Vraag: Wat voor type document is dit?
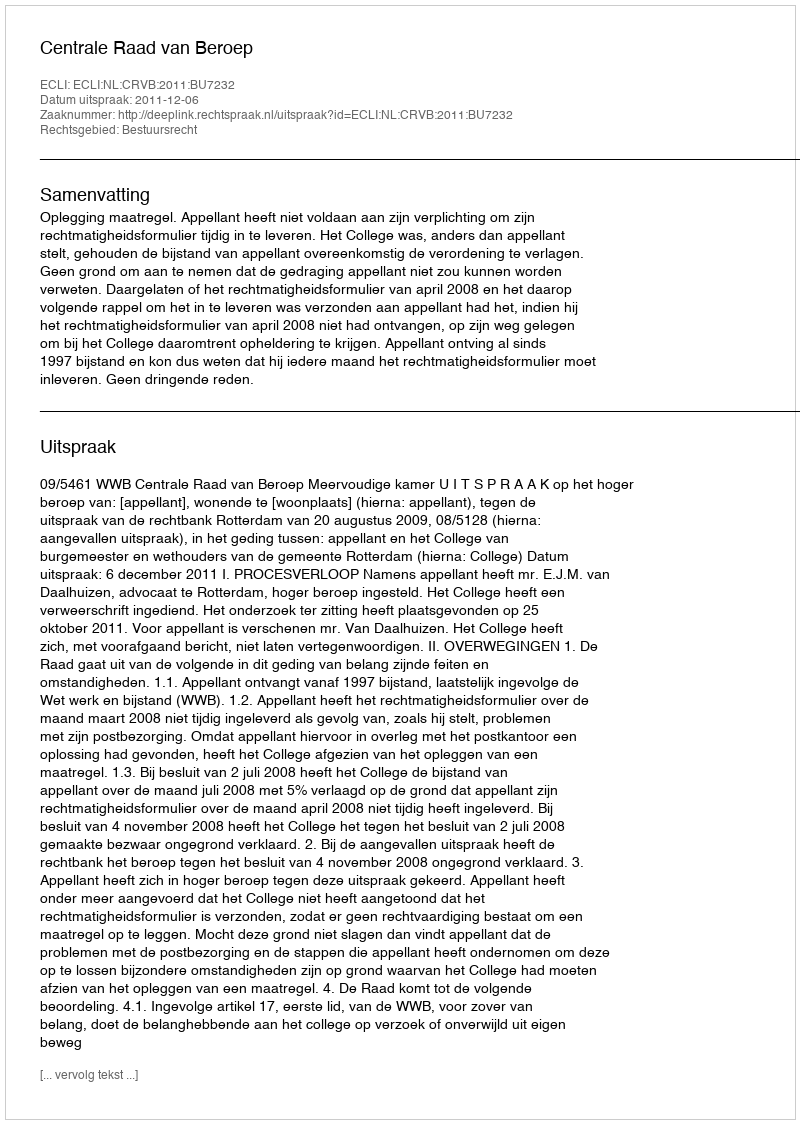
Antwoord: Uitspraak